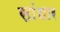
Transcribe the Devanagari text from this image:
सांधार